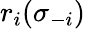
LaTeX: r_{i}(\sigma_{-i})